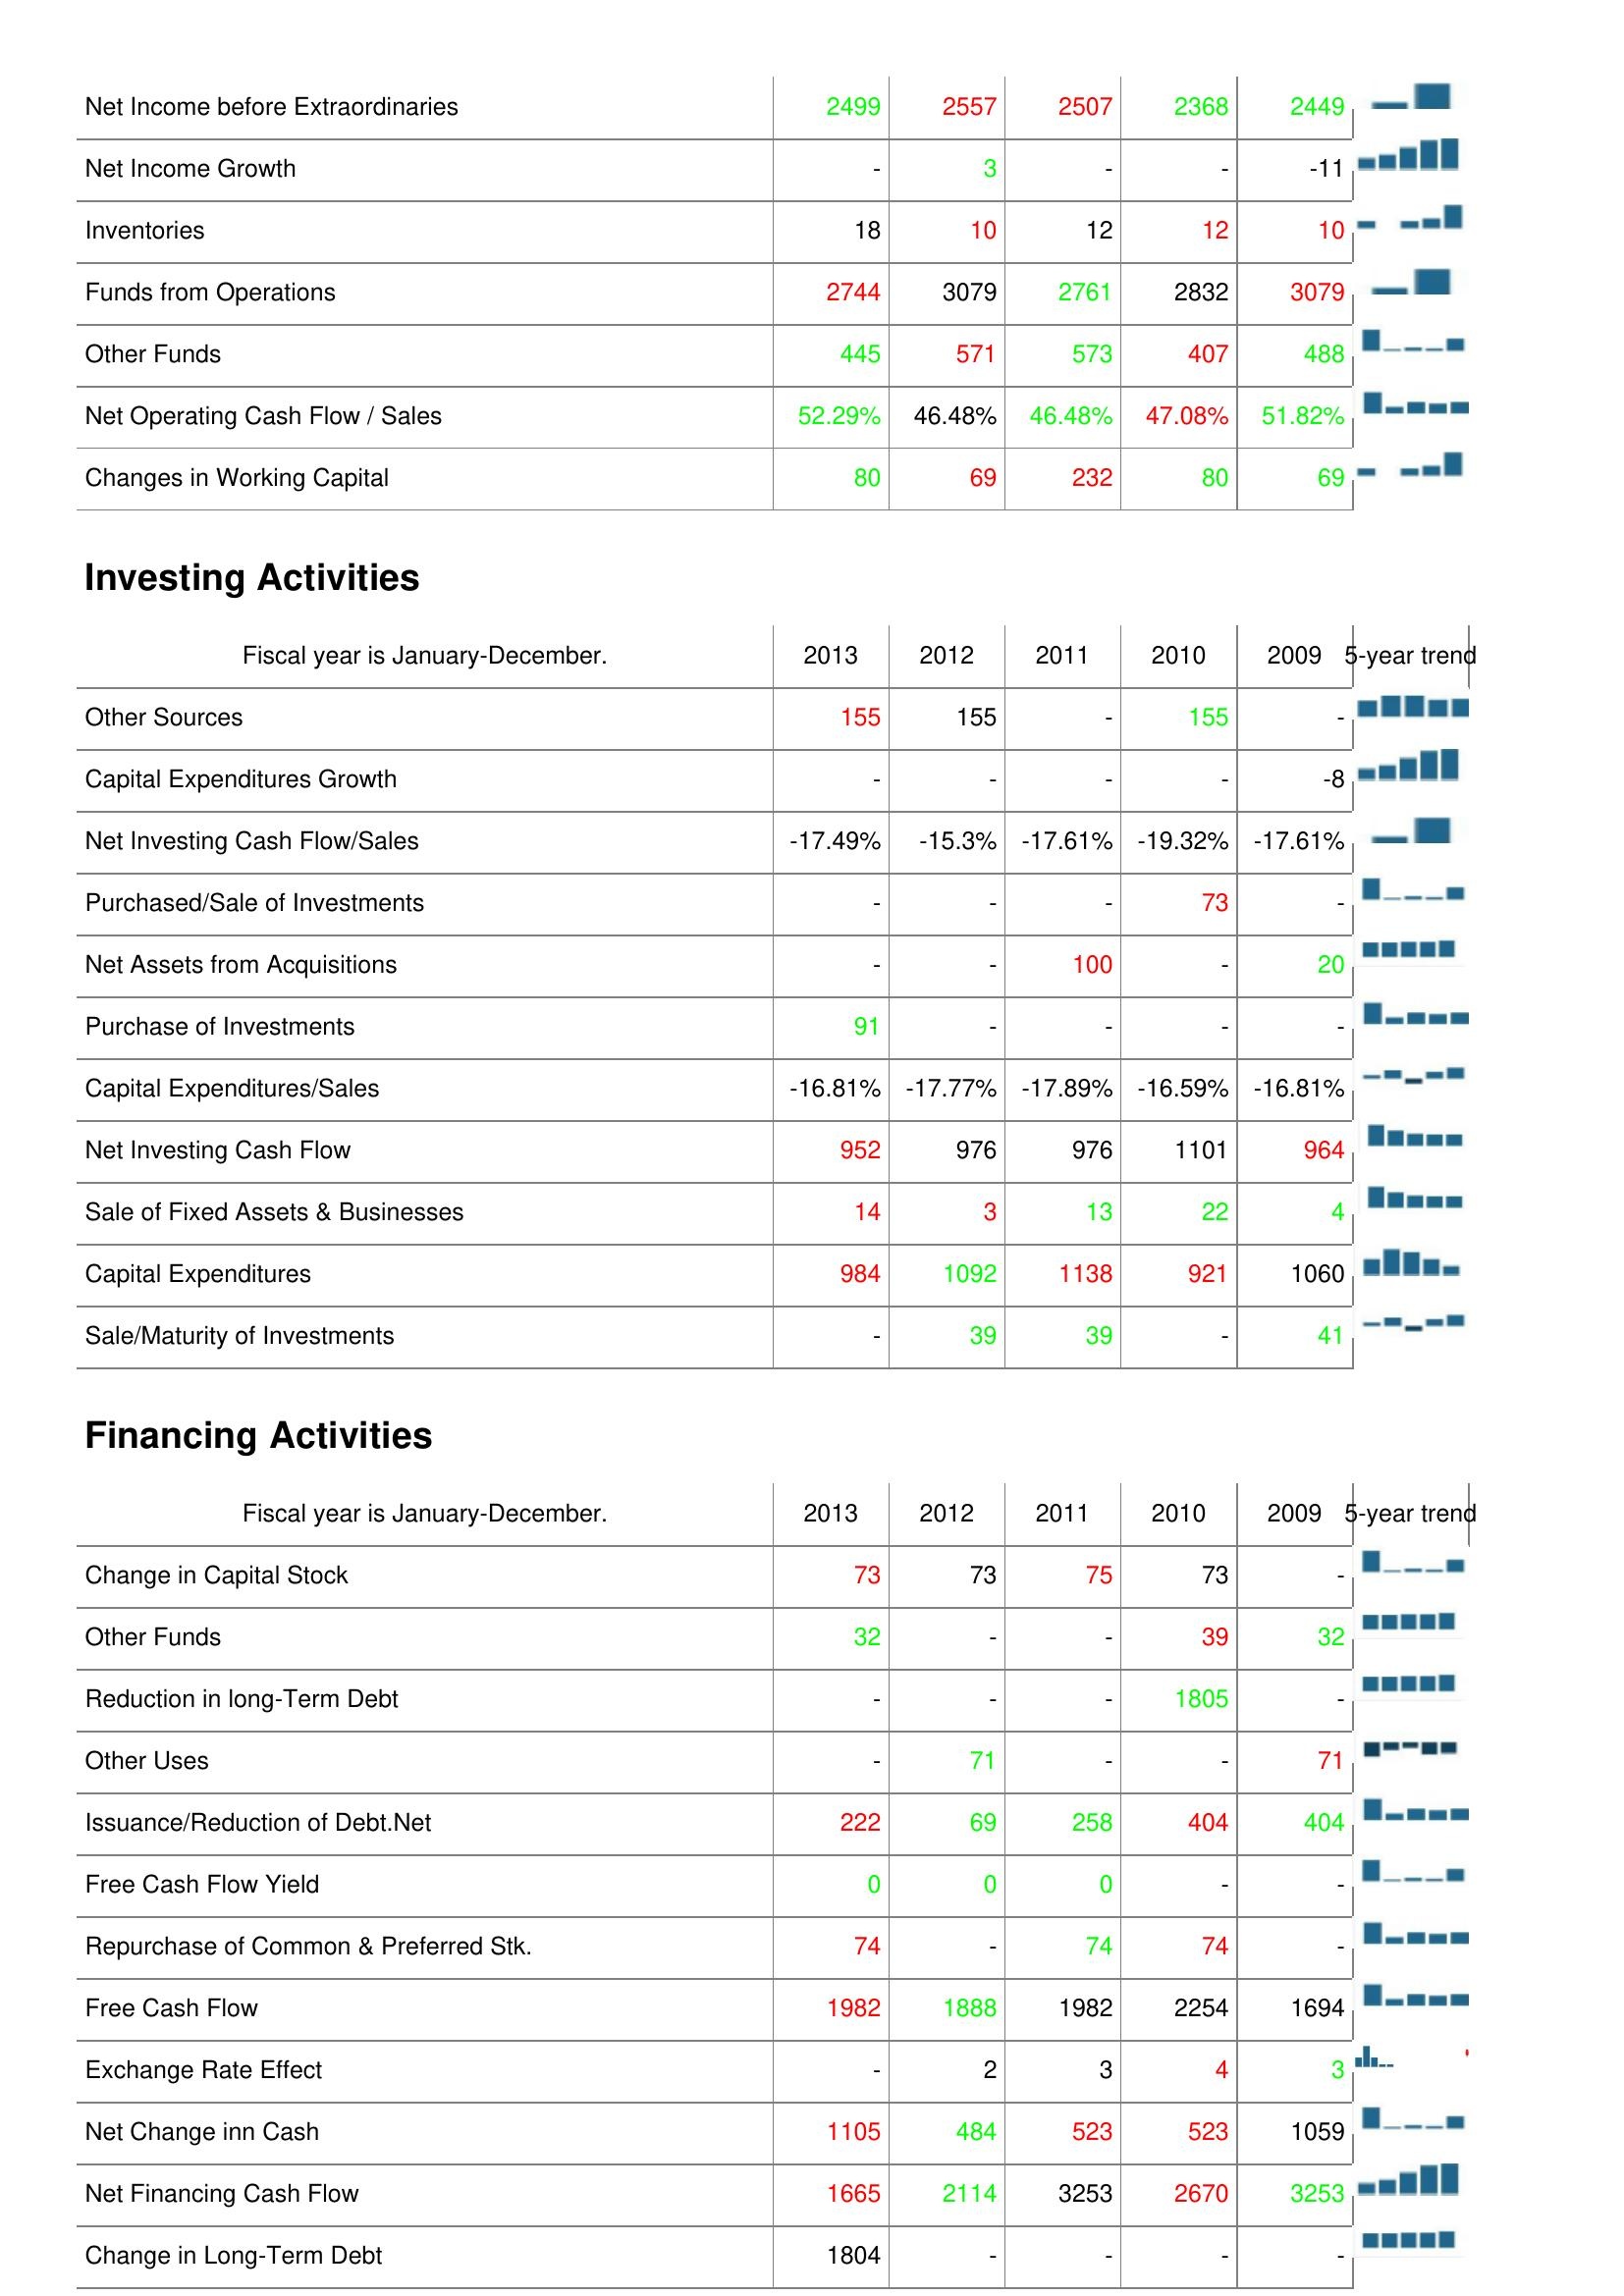
2013: Operating Activities: Net Income before Extraordinaries: 2499
Net Income Growth: -
Inventories: 18
Funds from Operations: 2744
Other Funds: 445
Net Operating Cash Flow / Sales: 52.29%
Changes in Working Capital: 80
Investing Activities: Other Sources: 155
Capital Expenditures Growth: -
Net Investing Cash Flow/Sales: -17.49%
Purchased/Sale of Investments: -
Net Assets from Acquisitions: -
Purchase of Investments: 91
Capital Expenditures/Sales: -16.81%
Net Investing Cash Flow: 952
Sale of Fixed Assets & Businesses: 14
Capital Expenditures: 984
Sale/Maturity of Investments: -
Financing Activities: Change in Capital Stock: 73
Other Funds: 32
Reduction in long-Term Debt: -
Other Uses: -
Issuance/Reduction of Debt.Net: 222
Free Cash Flow Yield: 0
Repurchase of Common & Preferred Stk.: 74
Free Cash Flow: 1982
Exchange Rate Effect: -
Net Change inn Cash: 1105
Net Financing Cash Flow: 1665
Change in Long-Term Debt: 1804
2012: Operating Activities: Net Income before Extraordinaries: 2557
Net Income Growth: 3
Inventories: 10
Funds from Operations: 3079
Other Funds: 571
Net Operating Cash Flow / Sales: 46.48%
Changes in Working Capital: 69
Investing Activities: Other Sources: 155
Capital Expenditures Growth: -
Net Investing Cash Flow/Sales: -15.3%
Purchased/Sale of Investments: -
Net Assets from Acquisitions: -
Purchase of Investments: -
Capital Expenditures/Sales: -17.77%
Net Investing Cash Flow: 976
Sale of Fixed Assets & Businesses: 3
Capital Expenditures: 1092
Sale/Maturity of Investments: 39
Financing Activities: Change in Capital Stock: 73
Other Funds: -
Reduction in long-Term Debt: -
Other Uses: 71
Issuance/Reduction of Debt.Net: 69
Free Cash Flow Yield: 0
Repurchase of Common & Preferred Stk.: -
Free Cash Flow: 1888
Exchange Rate Effect: 2
Net Change inn Cash: 484
Net Financing Cash Flow: 2114
Change in Long-Term Debt: -
2011: Operating Activities: Net Income before Extraordinaries: 2507
Net Income Growth: -
Inventories: 12
Funds from Operations: 2761
Other Funds: 573
Net Operating Cash Flow / Sales: 46.48%
Changes in Working Capital: 232
Investing Activities: Other Sources: -
Capital Expenditures Growth: -
Net Investing Cash Flow/Sales: -17.61%
Purchased/Sale of Investments: -
Net Assets from Acquisitions: 100
Purchase of Investments: -
Capital Expenditures/Sales: -17.89%
Net Investing Cash Flow: 976
Sale of Fixed Assets & Businesses: 13
Capital Expenditures: 1138
Sale/Maturity of Investments: 39
Financing Activities: Change in Capital Stock: 75
Other Funds: -
Reduction in long-Term Debt: -
Other Uses: -
Issuance/Reduction of Debt.Net: 258
Free Cash Flow Yield: 0
Repurchase of Common & Preferred Stk.: 74
Free Cash Flow: 1982
Exchange Rate Effect: 3
Net Change inn Cash: 523
Net Financing Cash Flow: 3253
Change in Long-Term Debt: -
2010: Operating Activities: Net Income before Extraordinaries: 2368
Net Income Growth: -
Inventories: 12
Funds from Operations: 2832
Other Funds: 407
Net Operating Cash Flow / Sales: 47.08%
Changes in Working Capital: 80
Investing Activities: Other Sources: 155
Capital Expenditures Growth: -
Net Investing Cash Flow/Sales: -19.32%
Purchased/Sale of Investments: 73
Net Assets from Acquisitions: -
Purchase of Investments: -
Capital Expenditures/Sales: -16.59%
Net Investing Cash Flow: 1101
Sale of Fixed Assets & Businesses: 22
Capital Expenditures: 921
Sale/Maturity of Investments: -
Financing Activities: Change in Capital Stock: 73
Other Funds: 39
Reduction in long-Term Debt: 1805
Other Uses: -
Issuance/Reduction of Debt.Net: 404
Free Cash Flow Yield: -
Repurchase of Common & Preferred Stk.: 74
Free Cash Flow: 2254
Exchange Rate Effect: 4
Net Change inn Cash: 523
Net Financing Cash Flow: 2670
Change in Long-Term Debt: -
2009: Operating Activities: Net Income before Extraordinaries: 2449
Net Income Growth: -11
Inventories: 10
Funds from Operations: 3079
Other Funds: 488
Net Operating Cash Flow / Sales: 51.82%
Changes in Working Capital: 69
Investing Activities: Other Sources: -
Capital Expenditures Growth: -8
Net Investing Cash Flow/Sales: -17.61%
Purchased/Sale of Investments: -
Net Assets from Acquisitions: 20
Purchase of Investments: -
Capital Expenditures/Sales: -16.81%
Net Investing Cash Flow: 964
Sale of Fixed Assets & Businesses: 4
Capital Expenditures: 1060
Sale/Maturity of Investments: 41
Financing Activities: Change in Capital Stock: -
Other Funds: 32
Reduction in long-Term Debt: -
Other Uses: 71
Issuance/Reduction of Debt.Net: 404
Free Cash Flow Yield: -
Repurchase of Common & Preferred Stk.: -
Free Cash Flow: 1694
Exchange Rate Effect: 3
Net Change inn Cash: 1059
Net Financing Cash Flow: 3253
Change in Long-Term Debt: -